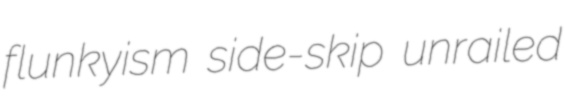
flunkyism side-skip unrailed